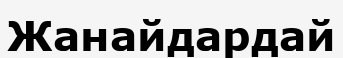
Жанайдардай